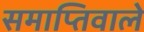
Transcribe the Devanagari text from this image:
समाप्तिवाले